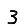
Digit: 3